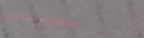
سوبرماركت المدينة